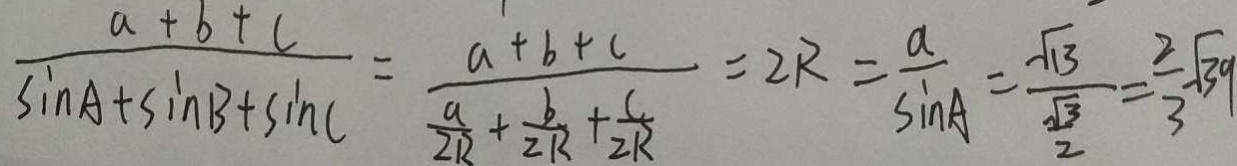
\frac { a + b + c } { \sin A + \sin B + \sin C } = \frac { a + b + c } { \frac { a } { 2 R } + \frac { b } { 2 R } + \frac { c } { 2 R } } = 2 R = \frac { a } { \sin A } = \frac { \sqrt { 1 3 } } { \frac { \sqrt { 3 } } { 2 } } = \frac { 2 } { 3 } \sqrt { 3 9 }